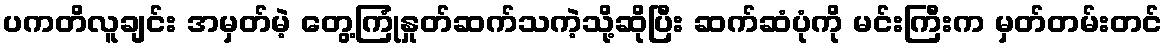
ပကတိလူချင်း အမှတ်မဲ့ တွေ့ကြုံနှုတ်ဆက်သကဲ့သို့ဆိုပြီး ဆက်ဆံပုံကို မင်းကြီးက မှတ်တမ်းတင်